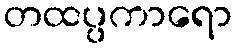
တထပ္ပကာရော